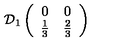
\mathcal { D } _ { 1 } \left( \begin{array} { c c } { 0 } & { 0 } \\ { \frac { 1 } { 3 } } & { \frac { 2 } { 3 } } \\ \end{array} \right)